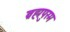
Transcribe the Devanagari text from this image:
ब्रह्मपुरम